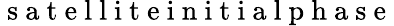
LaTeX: \mathrm{~s~a~t~e~l~l~i~t~e~i~n~i~t~i~a~l~p~h~a~s~e~}